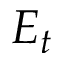
E _ { t }